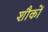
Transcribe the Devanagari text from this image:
शौकों